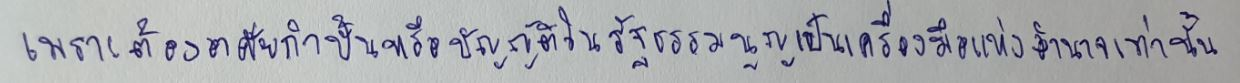
เพราะต้องอาศัยกำปั้นหรือบัญญัติในรัฐธรรมนูญเป็นเครื่องมือแห่งอำนาจเท่านั้น